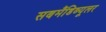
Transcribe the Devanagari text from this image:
सबमैंडिब्यूलर